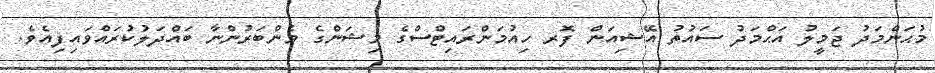
މުޙަންމަދު ޖަމީލު އަޙްމަދު ސައުތު އޭޝިއަން ފޮރ ހިއުމަންރައިޓްސްގެ މިޝަންގެ މެންބަރުންނާ ބައްދަލުކުރައްވައިފިއެވެ.